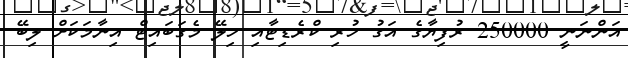
އަންނަނީ 250000 ރުފިޔާގެ އަގު ހުރި ކްރެޑިޓާއި ހިލޭ މެގަބައިޓް އިނާމަކަށް ލިބޭ